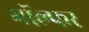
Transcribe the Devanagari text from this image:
गॉल्फर